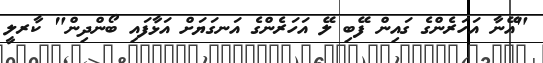
"އޭނާ އަހަރެންގެ ގައިން ފޭބި ލޭ އަހަރެންގެ އަނގަޔަށް އަޅާފައި ބޯންދިން" ކާރލީ